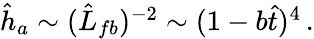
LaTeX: \begin{array}{r}{\hat{h}_{a}\sim(\hat{L}_{fb})^{-2}\sim(1-b\hat{t})^{4}\, .}\end{array}